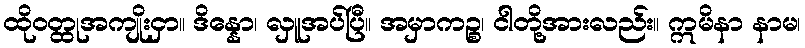
ထိုဝတ္ထုအကျိုးငှာ။ ဒိန္နော၊ လှူအပ်ပြီ။ အမှာကဉ္စ၊ ငါတို့အားလည်း။ ဣမိနာ နာမ၊